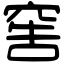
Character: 窖